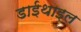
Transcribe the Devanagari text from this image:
डाईथाइल